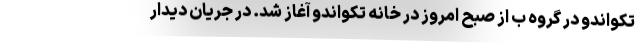
تکواندو در گروه ب از صبح امروز در خانه تکواندو آغاز شد. در جریان دیدار